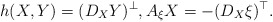
\begin{align*} h(X,Y) = (D_X Y)^\bot,A_{\xi} X = -(D_X \xi)^\top.\end{align*}